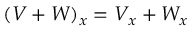
( V + W ) _ { x } = V _ { x } + W _ { x }